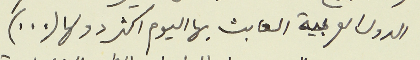
الدول العربية العابث بها اليوم اكثر دولها (...)